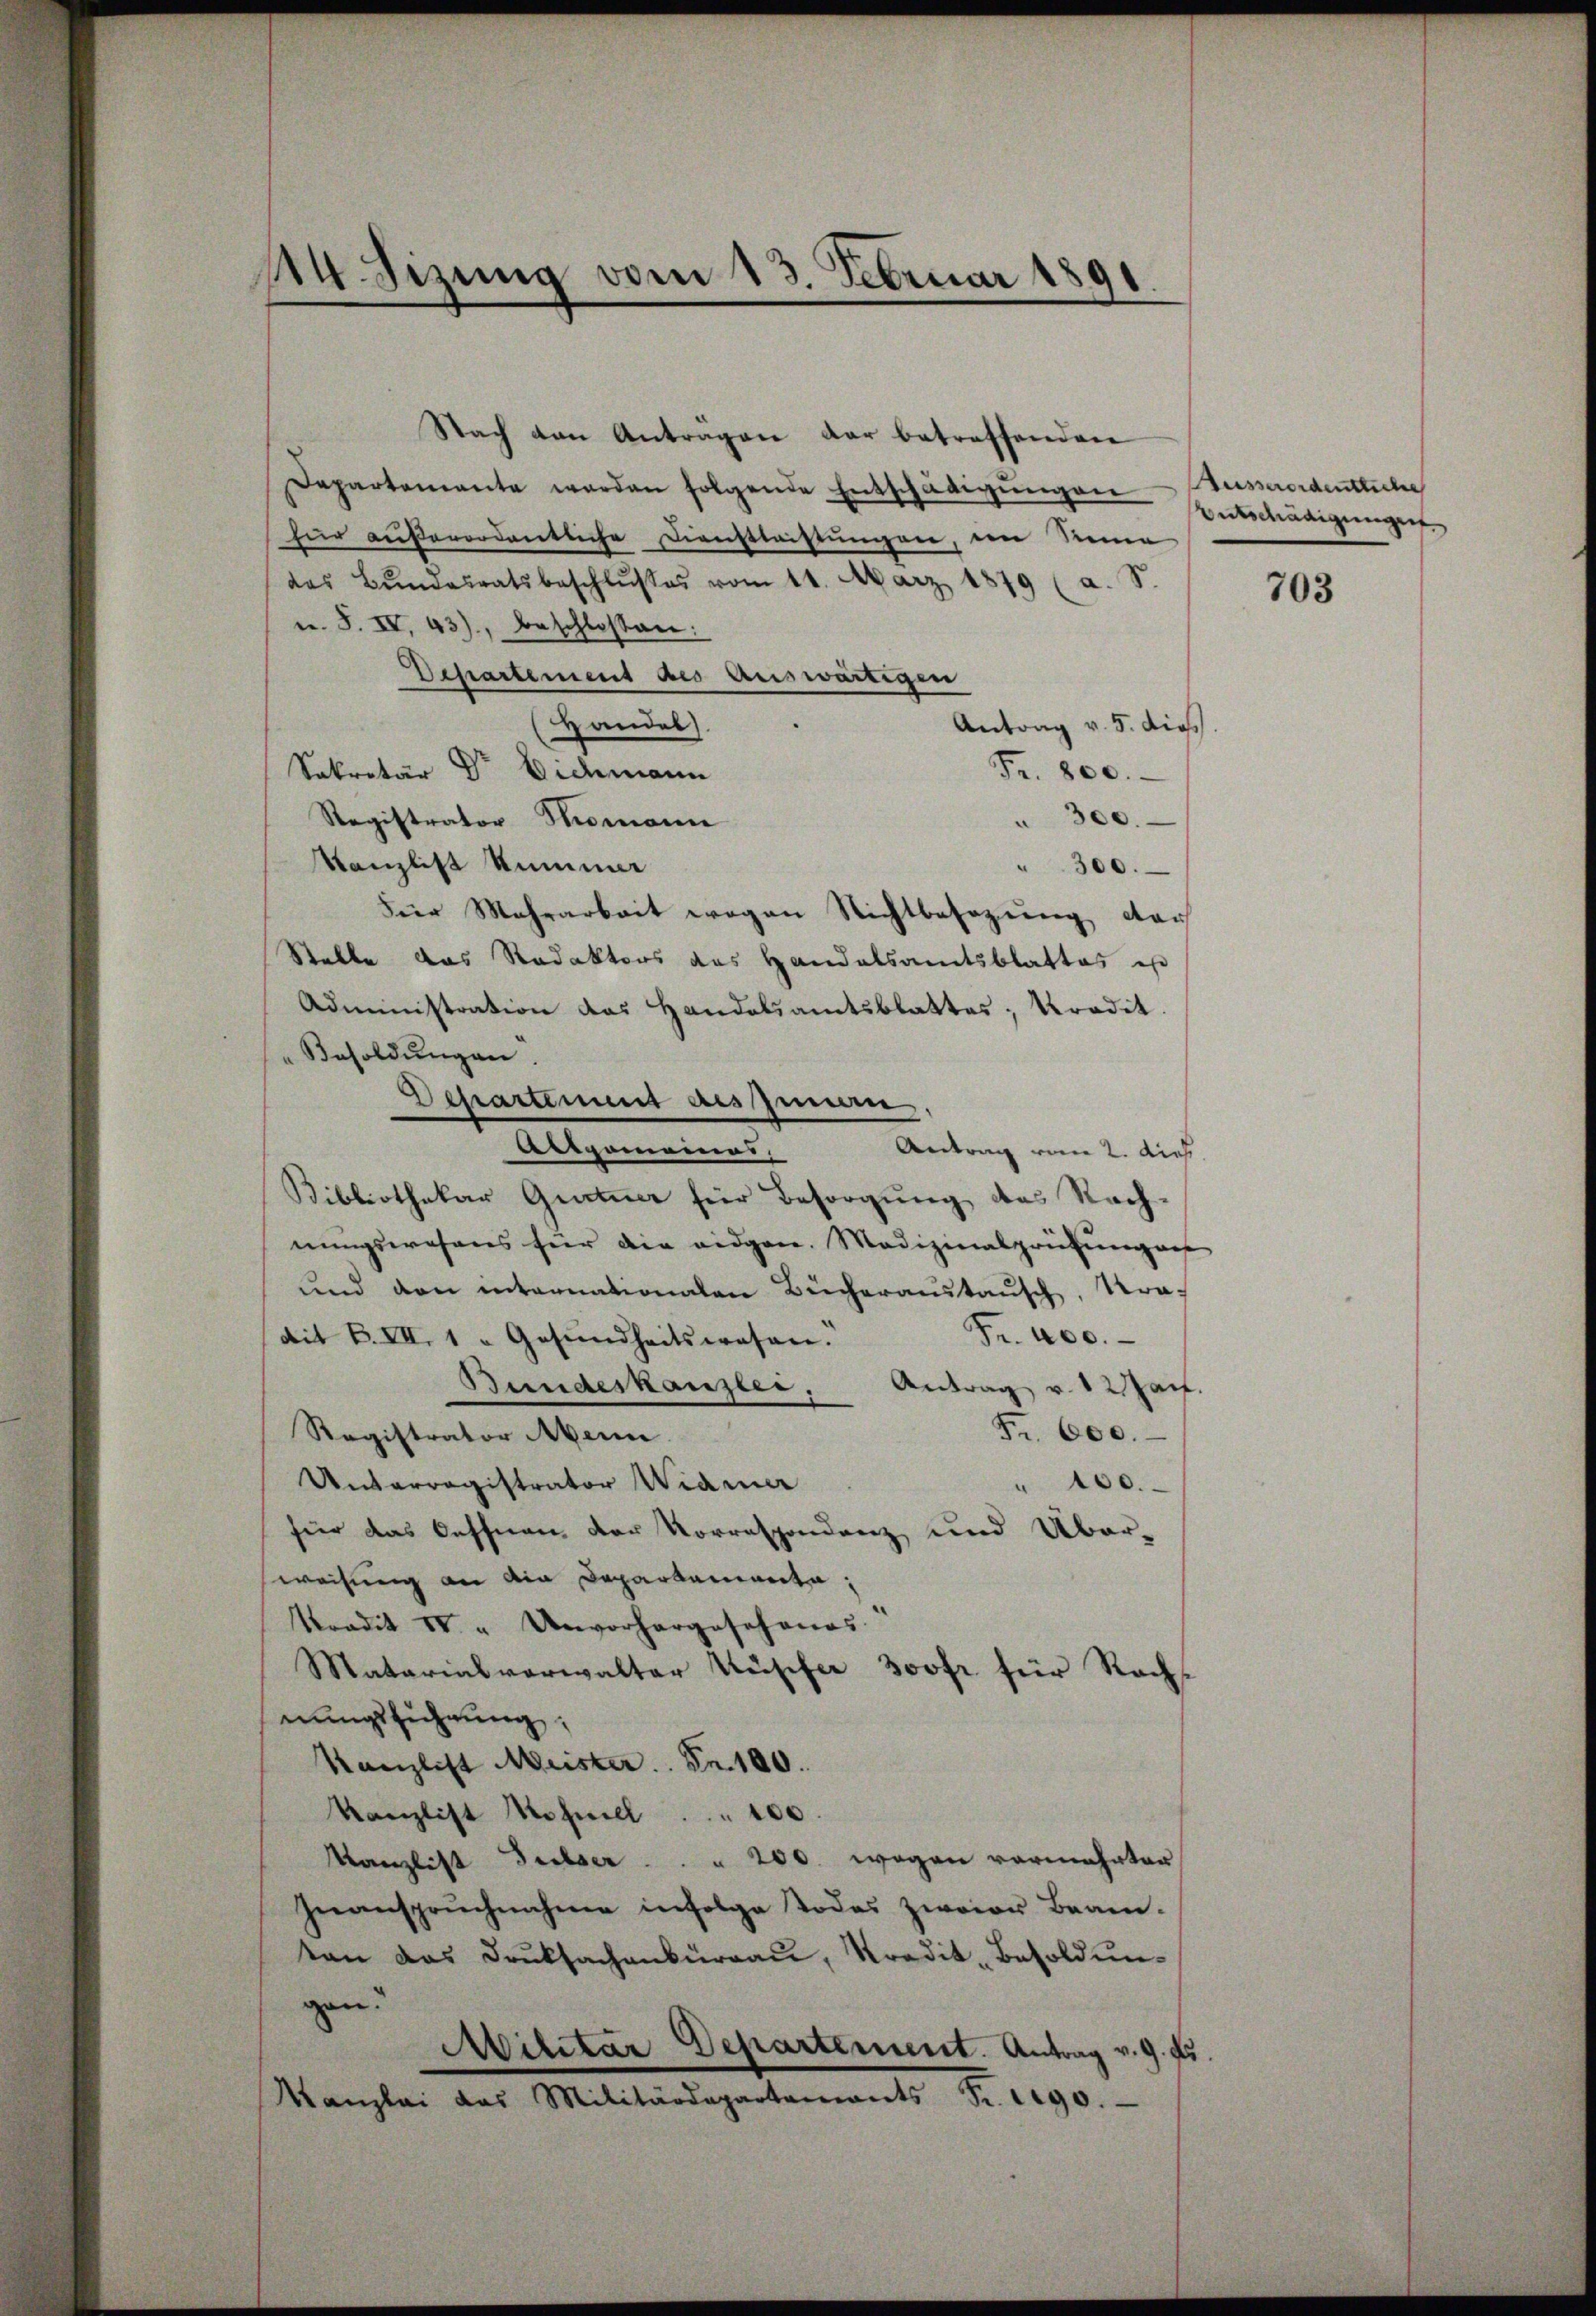
114. Sizung vom 13. Februar 1891.

Nach den Antragen der betreffenden
Departemente werden folgende Entschädigŭngen Busserordentliche
für außerordentliche Dienstleistungen, in Reine
das Bŭndesratsbeschlŭsses vom 11. März 1879 (
u. S. IV. 43), beschlossen:
Departement des Auswärtigen
Handel
Antrag v. 5. dies
Sekretär Dr Eichmann
Fr. 800.
300.
Registrator Thomann
Kanzlist Summer
" 300.
Für Mehrarbeit wegen Nichtbesezung dar
Stelle das Redaktors des Handelsamtsblattes ist
Administration das Handelsamtsblattes, Kredit.
"Besoldŭngen.
Departement des Innen
Altgemeines,
Antrag vom 2. dies
Bibliothekar Gutmar für Besorgung des Nachnungswesens für die eidgen. Medizinalprüfung auf
und den internationalen Bücheraustausch, Na¬
Fr. 400.
Mit B. III. 1 "Gesŭndheitswesen.
Bundeskanzlei,
Antrag v. 12 Jan.
Fr. 600.
Registrator Mein
Unterragistrator Wiainer
" 100.
für das Oeffnen der Korrespondenz und Über-
weisung an die Departamanta,
Tradit IV " Unvorhergeschanas.
Matarialverwalter Küsifer 300fr für Rech
nungsführung,
Kanzlist Meister. Fr. 100.
Kanzlist Schnell 100
Kanzlist dieser . . . 200. wegen vermehrter
Inanspruchnahme infolge Todes zwaier Beam-
ten das Druksachenkŭrraŭ, Kredit- Besoldŭn-
gen!
Militar Departement. Antrag v. 9. fr.
Kanzlei das Militärdepartaments Fr. 1290.

Entschädigungen.

703